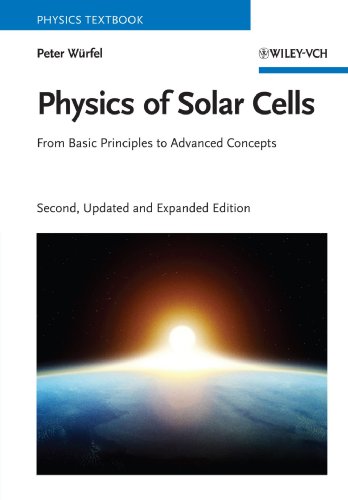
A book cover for Physics of Solar Cells: From Basic Principles to Advanced Concepts; Peter WÃ¼rfel; Science & Math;